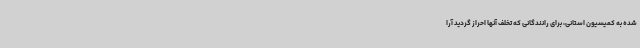
شده به کمیسیون استانی، برای رانندگانی که تخلف آنها احراز گردید آرا